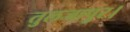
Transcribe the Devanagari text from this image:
तुलजापुर।